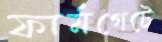
ফার্মগেটে